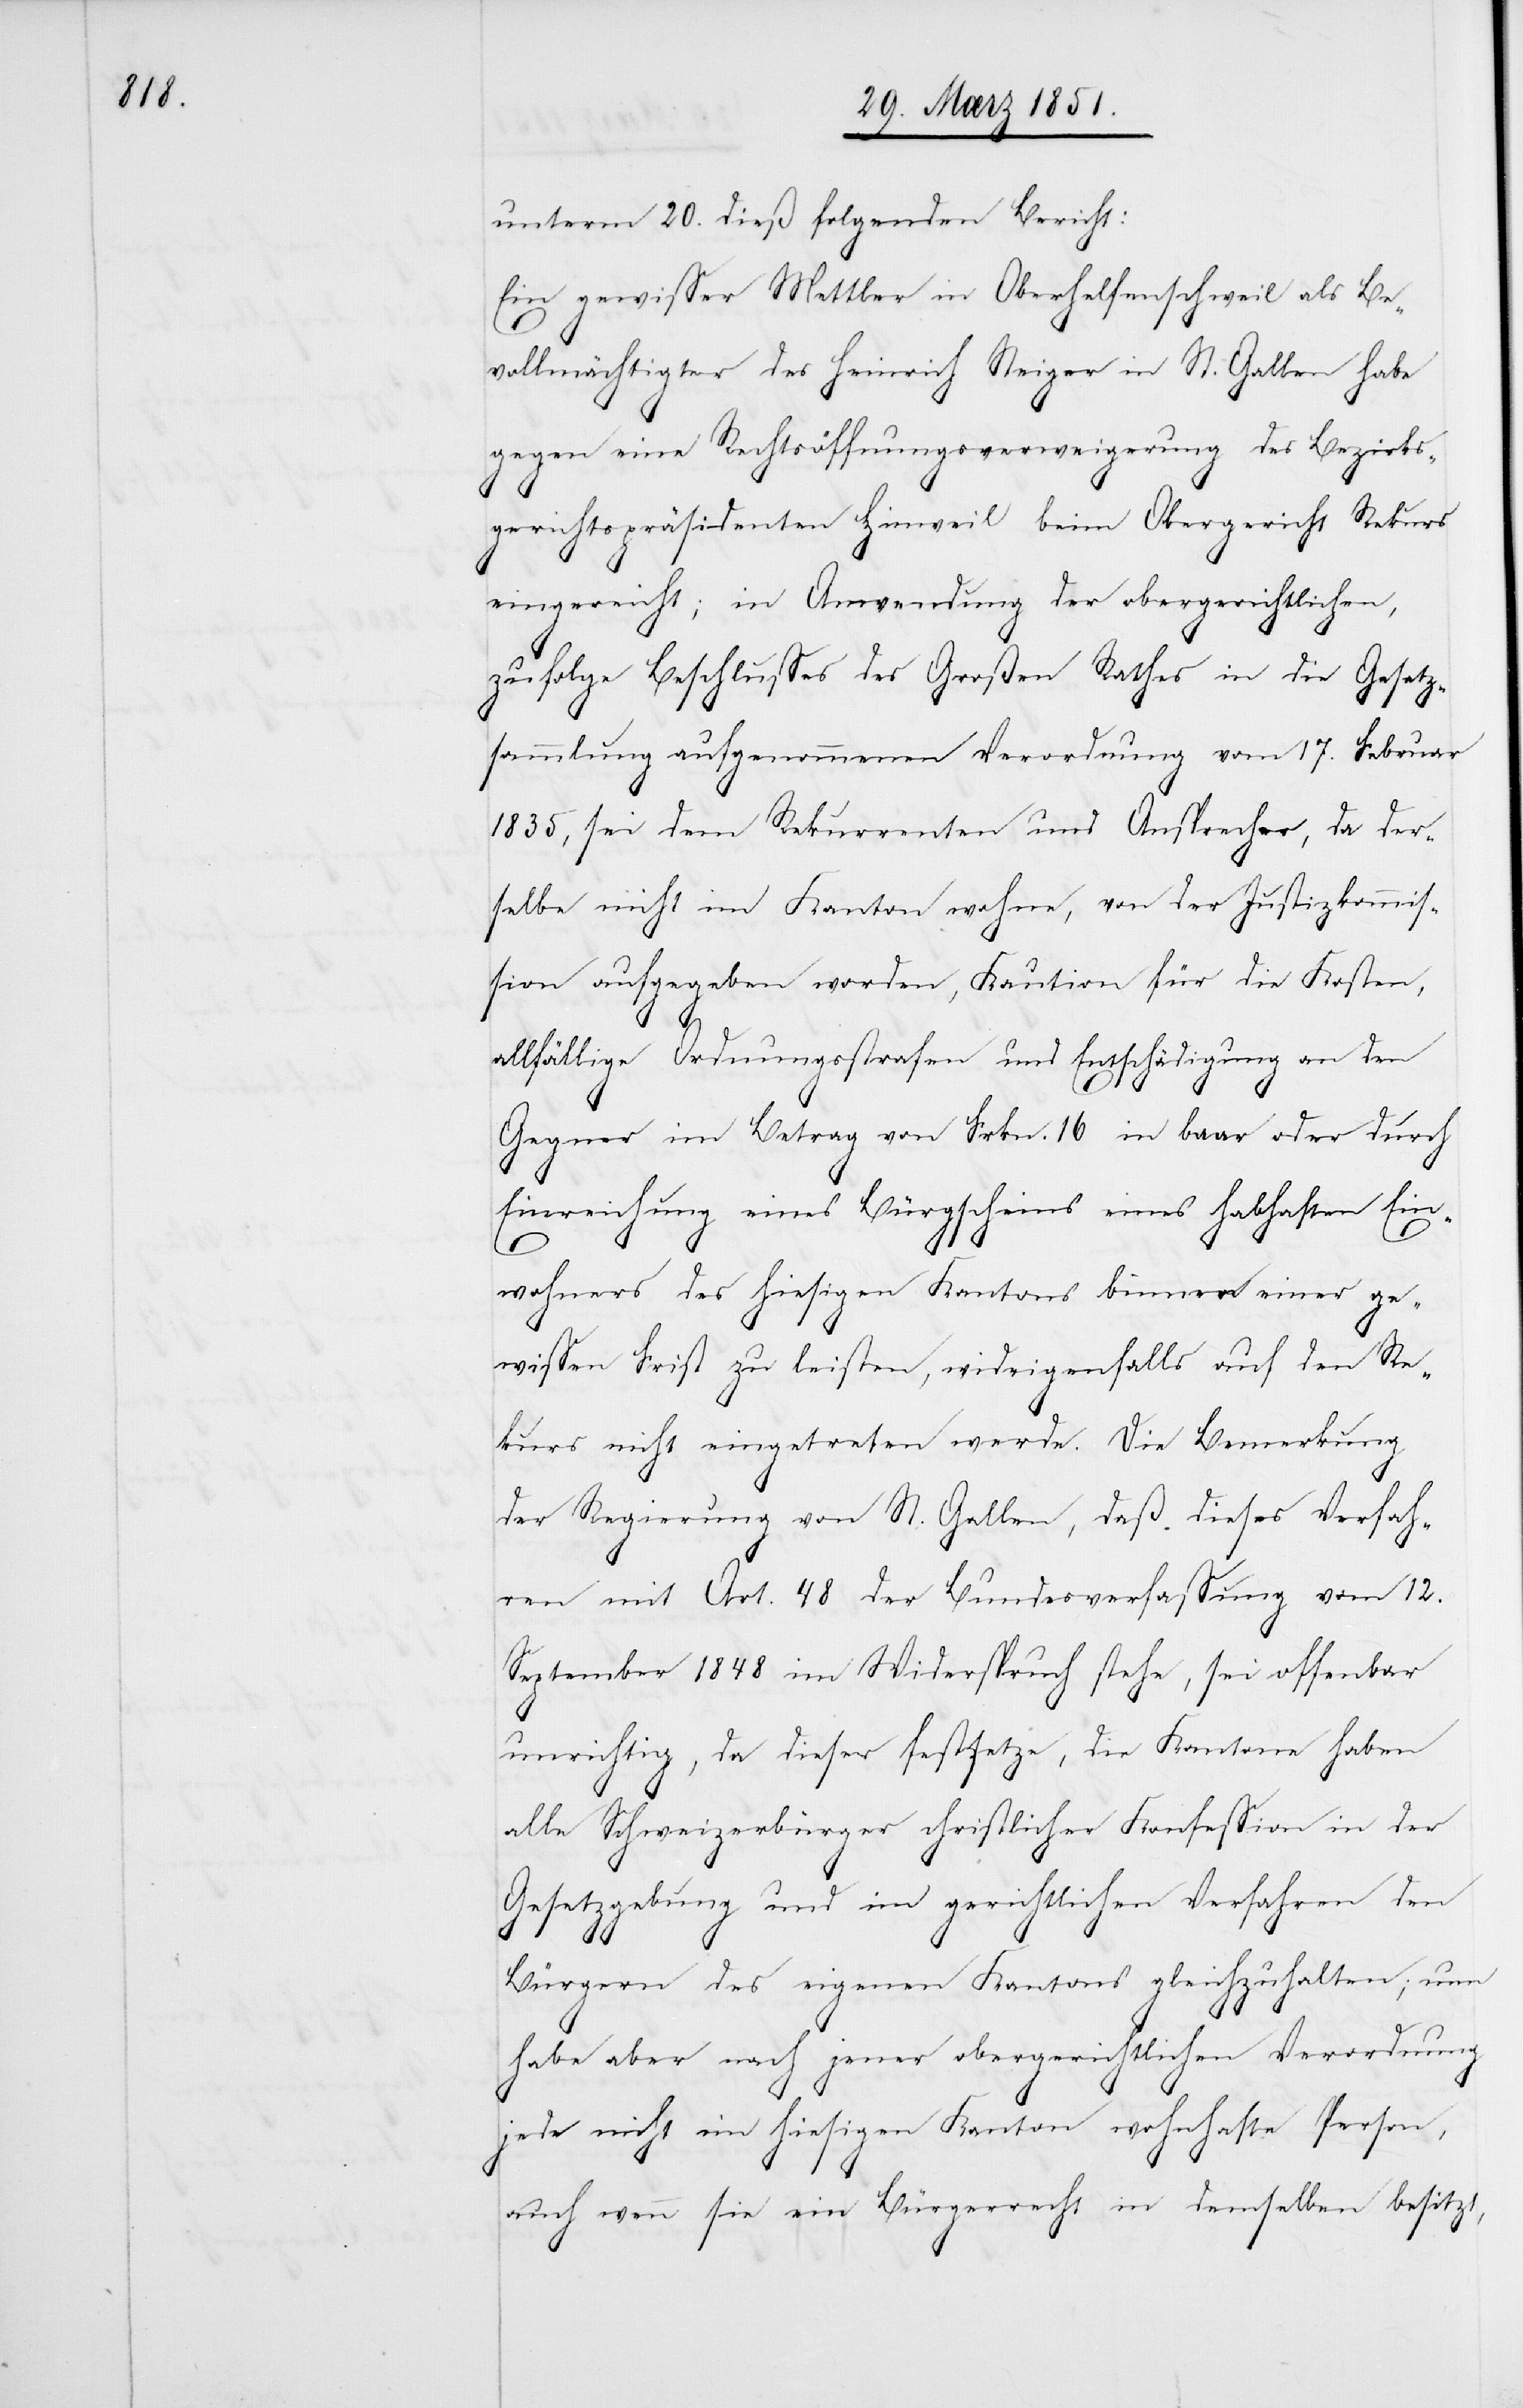
unterm 20. dieß folgenden Bericht:
Ein gewisser Mettler in Oberhelfenschweil als Be¬
vollmächtigter des Heinrich Steiger in St. Gallen habe
gegen eine Rechtsöffnungsverweigerung des Bezirks¬
gerichtspräsidenten Hinweil beim Obergericht Rekurs
eingereicht; in Anwendung der obergerichtlichen,
zufolge Beschlusses des Großen Rathes in die Gesetz¬
sammlung aufgenommenen Verordnung vom 17. Februar
1835, sei dem Rekurrenten und Ansprecher, da der¬
selbe nicht im Kanton wohne, von der Justizkommis¬
sion aufgegeben worden, Kaution für die Kosten,
allfällige Ordnungsstrafen und Entschädigung an den
Gegner im Betrag von Frkn. 16 in baar oder durch
Einreichung eines Bürgscheins eines habhaften Ein¬
wohners des hiesigen Kantons binnen einer ge¬
wissen Frist zu leisten, widrigenfalls auf den Re¬
kurs nicht eingetreten werde. Die Bemerkung
der Regierung von St. Gallen, daß dieses Verfah¬
ren mit Art. 48 der Bundesverfassung vom 12.
September 1848 im Widerspruch stehe, sei offenbar
unrichtig, da dieser festsetze, die Kantone haben
alle Schweizerbürger christlicher Konfession in der
Gesetzgebung und im gerichtlichen Verfahren den
Bürgern des eigenen Kantons gleichzuhalten; nun
habe aber nach jener obergerichtlichen Verordnung
jede nicht im hiesigen Kanton wohnhafte Person,
auch wenn sie ein Bürgerrecht in demselben besitzt,